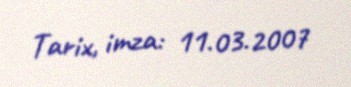
Tarix, imza: 11.03.2007